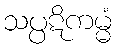
သပ္ပဋိကမ္မံ